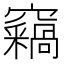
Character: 𥩈